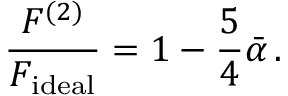
{ \frac { { \cal F } ^ { ( 2 ) } } { { \cal F } _ { \mathrm { i d e a l } } } } = 1 - { \frac { 5 } { 4 } } \bar { \alpha } \, .